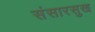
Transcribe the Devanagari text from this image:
संसारसुख